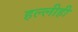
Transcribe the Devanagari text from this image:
हल्लीही